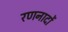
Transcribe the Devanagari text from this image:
रणनादों